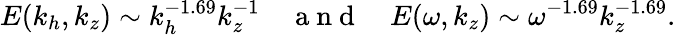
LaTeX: E(k_{h},k_{z})\sim k_{h}^{-1.69}k_{z}^{-1}~~~~\mathrm{~a~n~d~}~~~~E(\omega,k_{z})\sim\omega^{-1.69}k_{z}^{-1.69}.